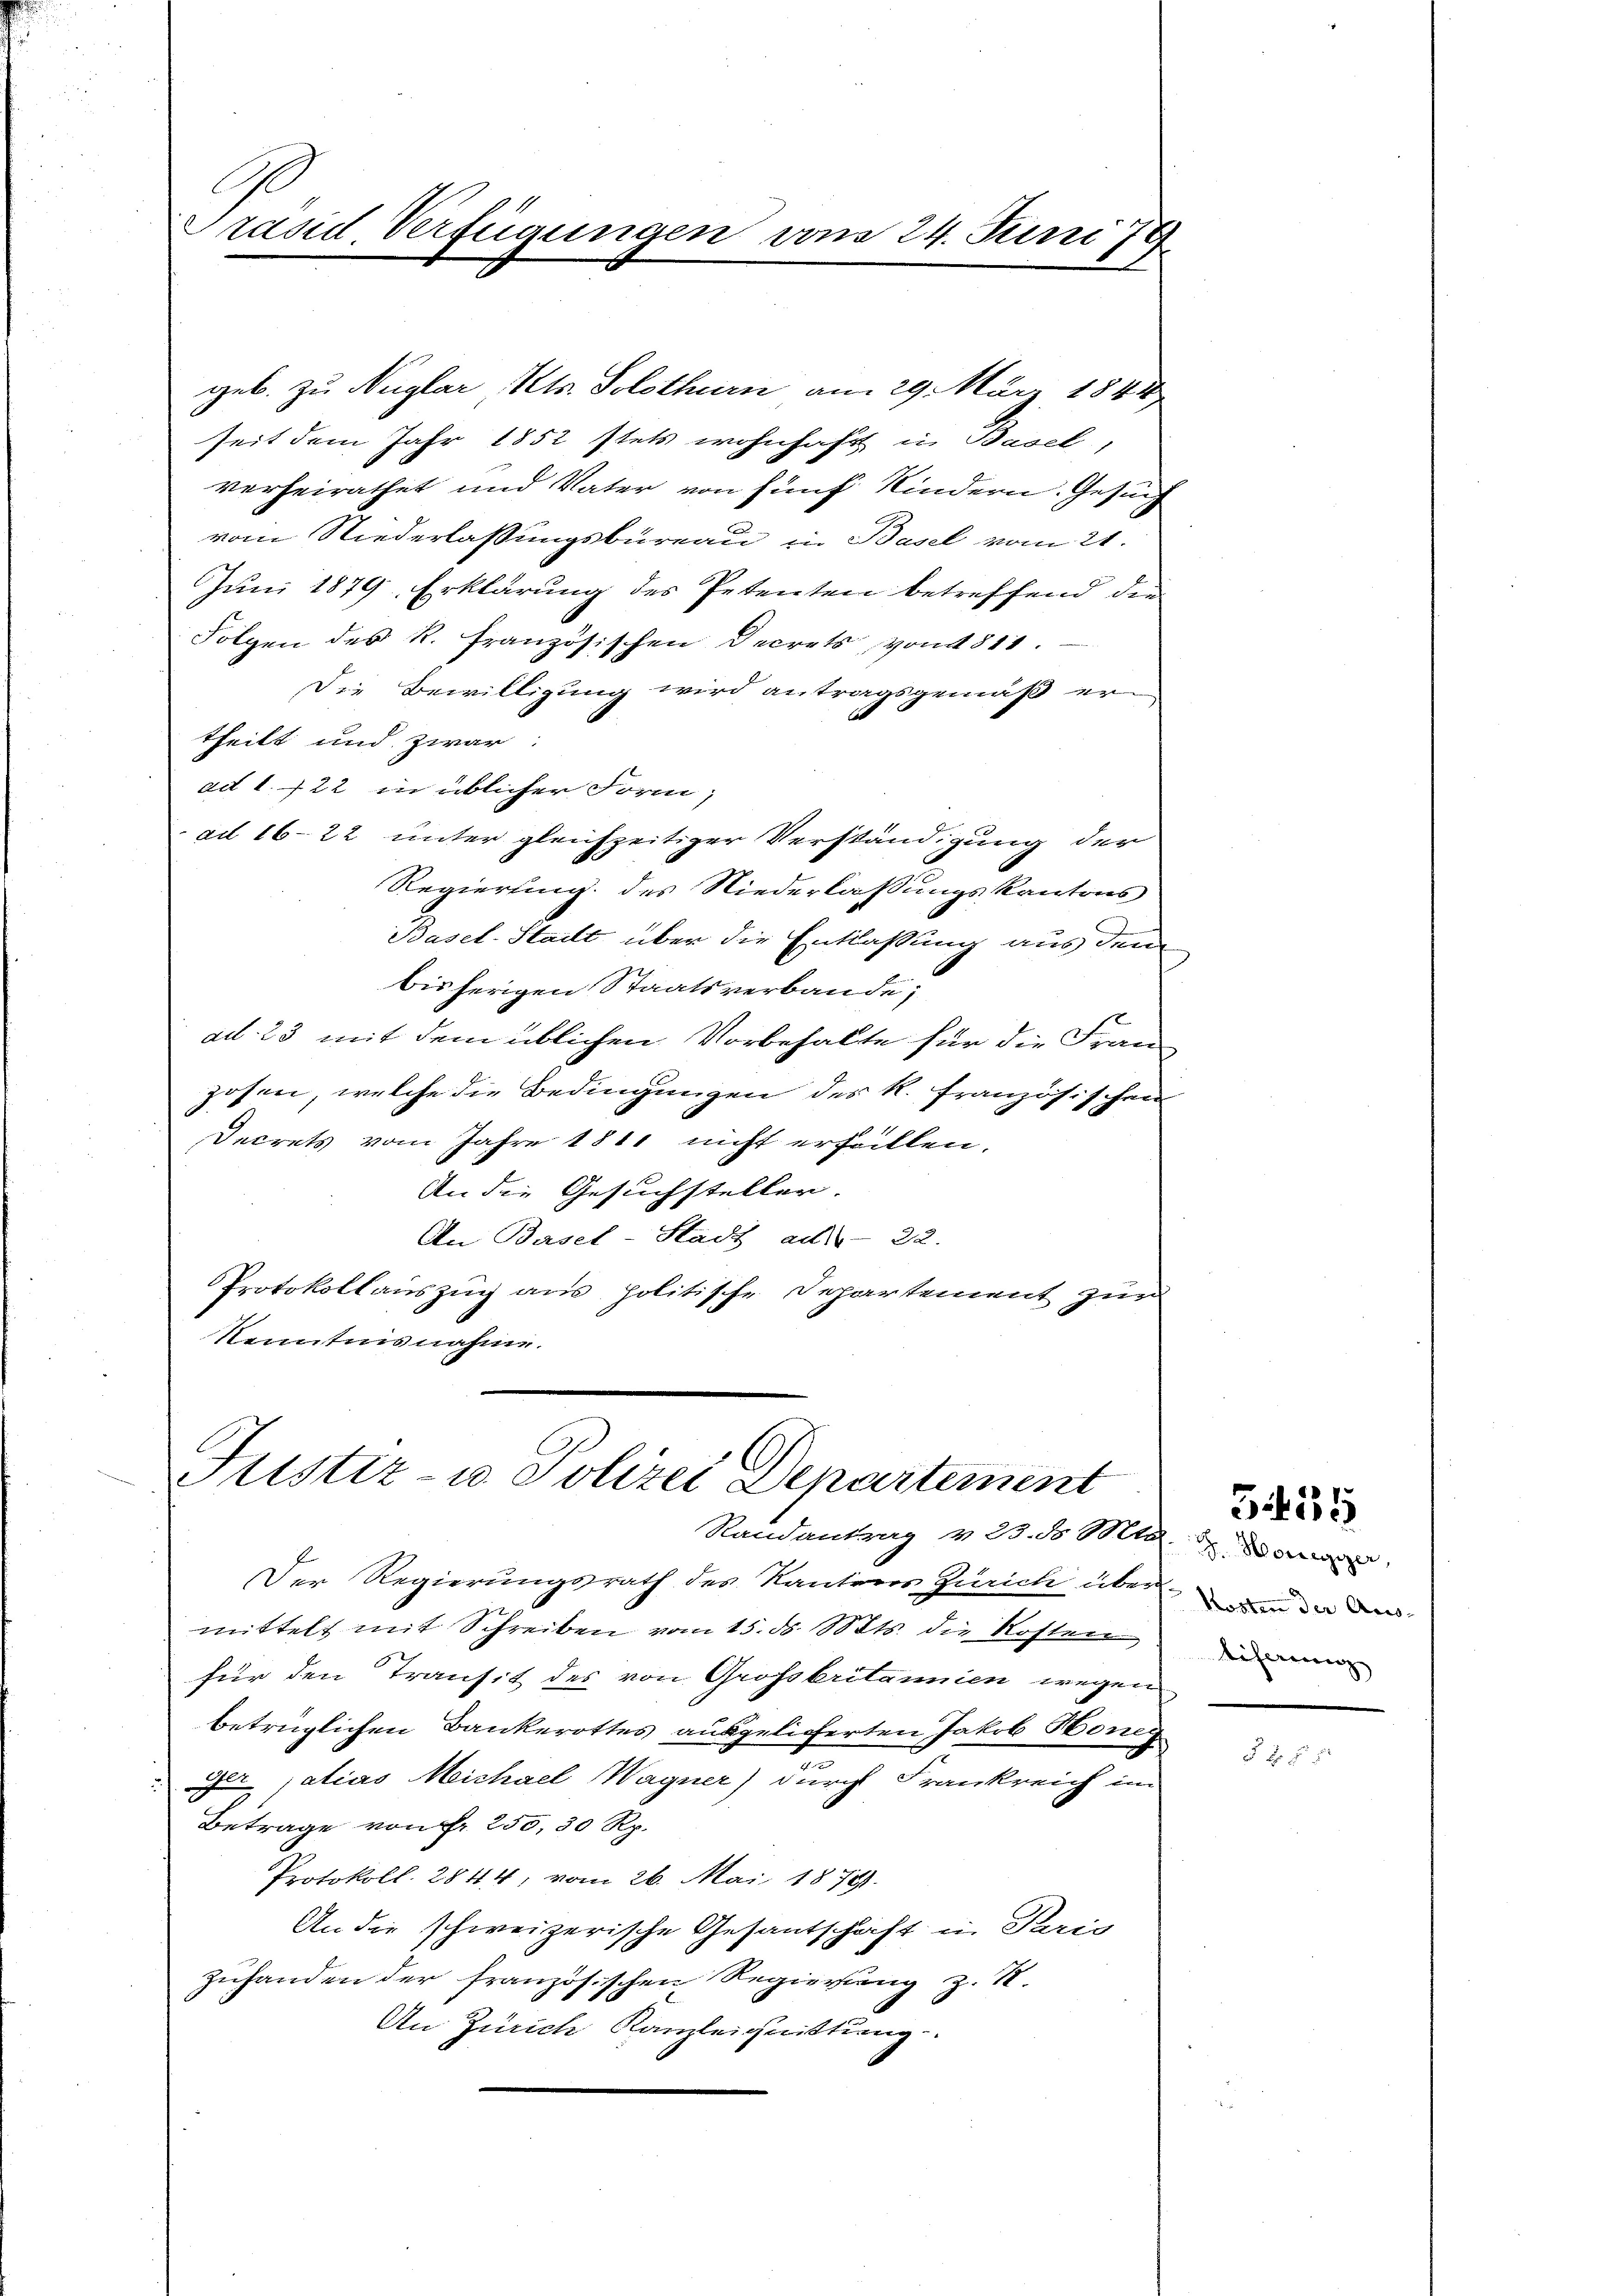
Prand Verfügungen vom 24. Juni 179

geb. zu Nuglar Kts. Solothurn am 29. März 1844
seit dem Jahr 1852 stets wohnhaft in Basel,
verheirathet und Vater von fünf Kindern. Gesuch
vom Niederlassungsbüreau in Basel vom 21.
Juni 1879, Erklärung des Petenten betreffend die
Folgen des R. französischen Decrets von 1811.
Die Bewilligung wird antragsgemäß er
theilt und zwar
ad 1. 22 in üblicher Form,
ad 1622 unter gleichzeitiger Verständigung der
Regierung des Niederlaßungskantons
Basel-Stadt über die Entlaßung aus dem
bisherigen Staatsverbande;
ad. 23 mit dem üblichen Vorbehalte für die Franzosen, welche die Bedingungen des R. französischen
Decrets vom Jahre 1811 nicht erfüllen.
An die Gesuchsteller.
An Basel-Stadt ad 22.
Protokollauszug aus politische Departement zur
Kenntnisnahme.

Justiz- u Polizei Departement
Randantrag 1 23. d. Mts. z. Worte,

Der Regierungsrath des Kantoner Zürich über de de
mittelt mit Schreiben vom 15. d. Mts. die Kosten
für den Transit des von Grossbritannien wegen
betrüglichen Bankerottes ausgelieferten Jakob Honeg
e
Jerjatias Michael Wagner) durch Frankreich im
Betrage von Fr. 250, 30 Rp.
Protokoll. 2844; vom 26. Mai 1879.
An die schweizerische Gesantschaft in Paris
Zuhanden der französischen Regierung z. K.
An Zürich Kanzleiquittung

liferung

5455